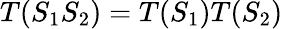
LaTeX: T(S_{1}S_{2})=T(S_{1})T(S_{2})